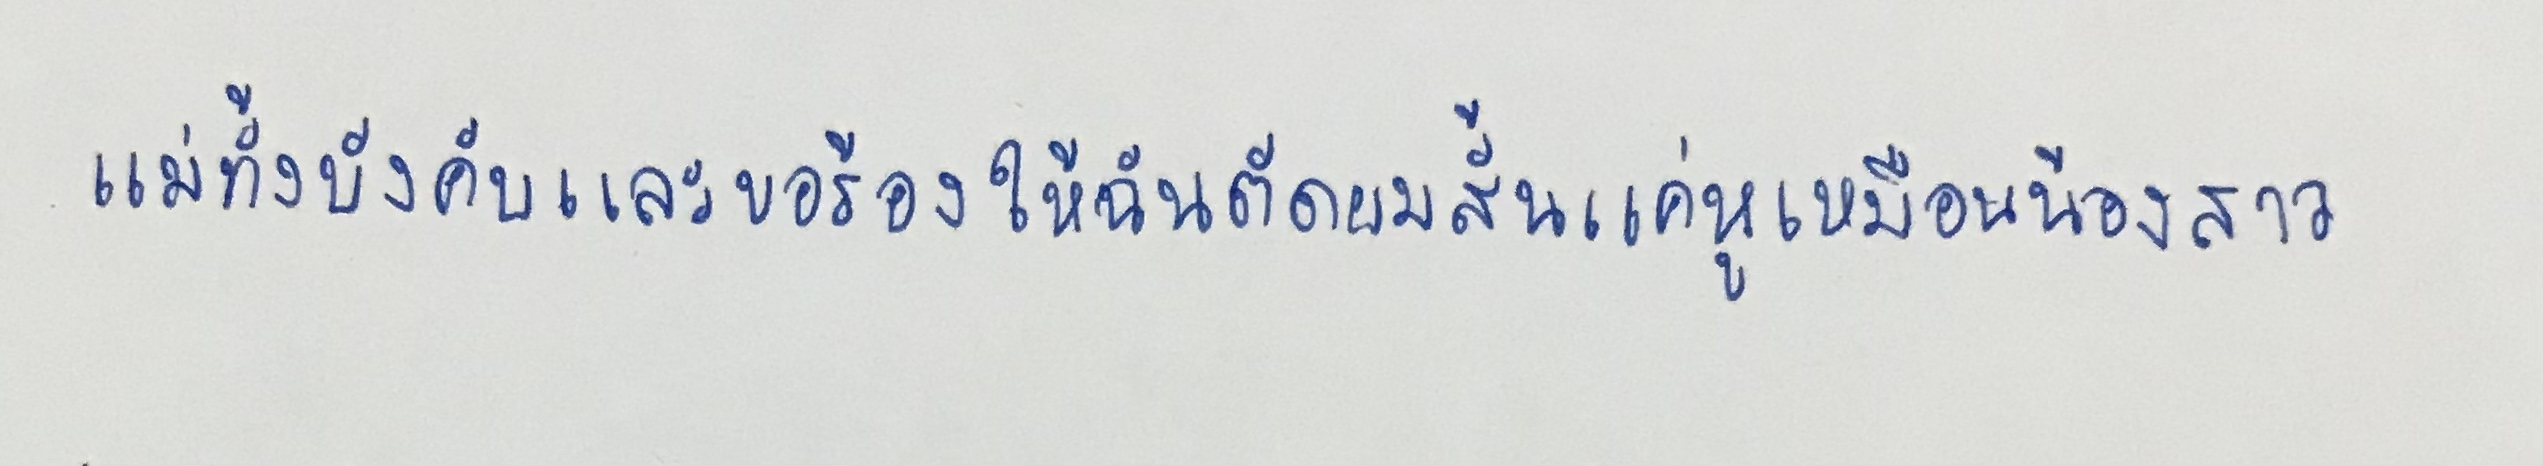
แม่ทั้งบังคับและขอร้องให้ฉันตัดผมสั้นแค่หูเหมือนน้องสาว